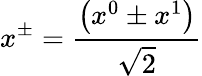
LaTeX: x^{\pm}=\frac{\left(x^{0}\pm x^{1}\right)}{\sqrt{2}}